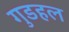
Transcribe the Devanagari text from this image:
गुडहल